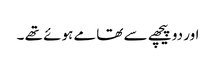
اور دو پیچھے سے تھامے ہوئے تھے ۔